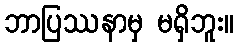
ဘာပြဿနာမှ မရှိဘူး။